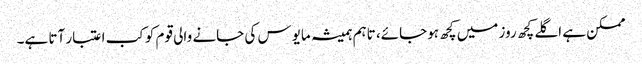
ممکن ہے اگلے کچھ روز میں کچھ ہوجائے، تاہم ہمیشہ مایوس کی جانے والی قوم کو کب اعتبار آتا ہے۔